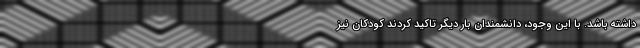
داشته باشد. با این وجود، دانشمندان بار دیگر تاکید کردند کودکان نیز